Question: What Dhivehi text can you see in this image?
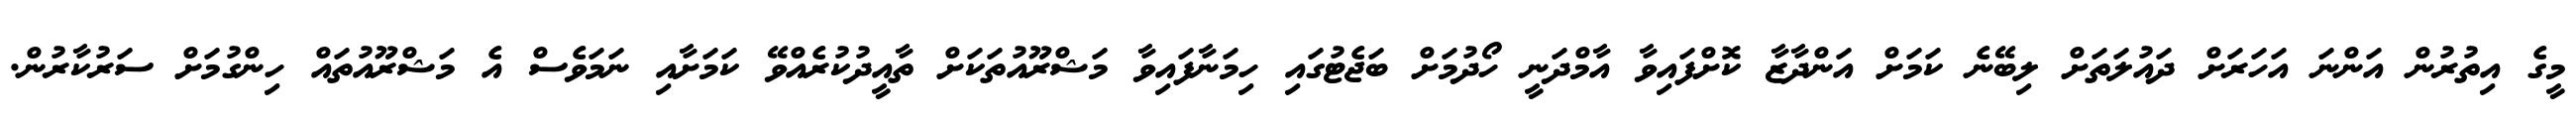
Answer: މީގެ އިތުރުން އަންނަ އަހަރަށް ދައުލަތަށް ލިބޭނެ ކަމަށް އަންދާޒާ ކޮށްފައިވާ އާމްދަނީ ހޯދުމަށް ބަޖެޓުގައި ހިމަނާފައިވާ މަޝްރޫއުތަކަށް ތާއީދުކުރެއްވޭ ކަމަށާއި ނަމަވެސް އެ މަޝްރޫއުތައް ހިންގުމަށް ސަރުކާރުން.